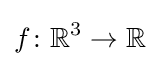
f\colon \mathbb {R} ^{3}\to \mathbb {R}